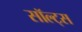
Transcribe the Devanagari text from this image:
सॉल्ट्स